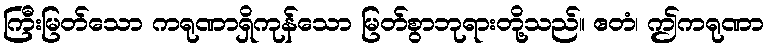
ကြီးမြတ်သော ကရုဏာရှိကုန်သော မြတ်စွာဘုရားတို့သည်။ ဧတံ၊ ဤကရုဏာ